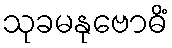
သုခမနုဗောဓိံ